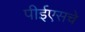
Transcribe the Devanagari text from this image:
पीईएसचे